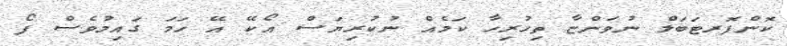
ކޮންފޮރޓަބަލް ނުވަންޏާ ތިހުރިހާ ކަމެއް ނުކުރިޔަސް އޯކޭ އޭ ހަމަ ގައިމުވެސް ފޯ